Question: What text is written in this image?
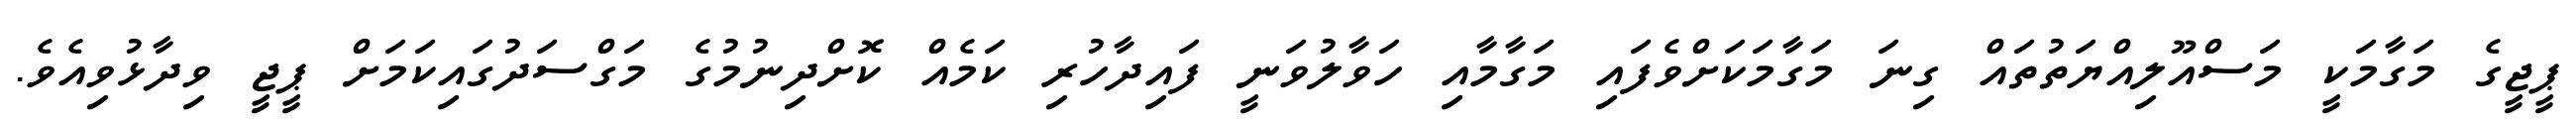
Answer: ޕީޖީގެ މަގާމަކީ މަސްއޫލިއްޔަތުތައް ގިނަ މަގާމަކަށްވެފައި މަގާމާއި ހަވާލުވަނީ ފައިދާހުރި ކަމެއް ކޮށްދިނުމުގެ މަގްސަދުގައިކަމަށް ޕީޖީ ވިދާޅުވިއެވެ.